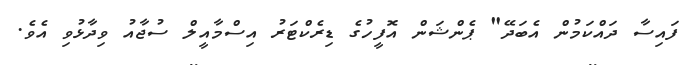
ފައިސާ ދައްކަމުން އެބަދޭ" ޕެންޝަން އޮފީހުގެ ޑިރެކްޓަރު އިސްމާއީލް ސުޖާއު ވިދާޅުވި އެވެ.